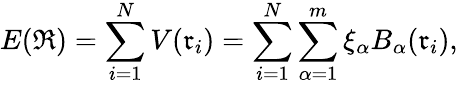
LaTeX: E(\mathfrak{R})=\sum_{i=1}^{N}V(\mathfrak{r}_{i})=\sum_{i=1}^{N}\sum_{\alpha=1}^{m}\xi_{\alpha}B_{\alpha}(\mathfrak{r}_{i}),